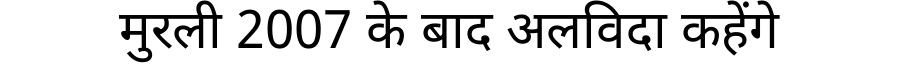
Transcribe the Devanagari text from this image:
मुरली 2007 के बाद अलविदा कहेंगे